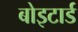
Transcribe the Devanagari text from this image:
बोइटार्ड